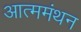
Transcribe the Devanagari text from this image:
आत्ममंथन